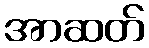
အာဆတ်